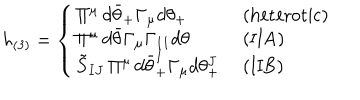
LaTeX: h _ { ( 3 ) } = \left\{ \left\{ \begin{cases} { { \Pi ^ { \mu } \, d \bar { \theta } _ { + } \Gamma _ { \mu } d \theta _ { + } } } & { { ( h e t e r o t i c ) } } \\ { { \Pi ^ { \mu } \, d \bar { \theta } \Gamma _ { \mu } \Gamma _ { 1 1 } d \theta } } & { { ( I I A ) } } \\ { { \tilde { S } _ { I J } \, \Pi ^ { \mu } \, d \bar { \theta } _ { + } ^ { I } \Gamma _ { \mu } d \theta _ { + } ^ { J } } } & { { ( I I B ) } } \\ \end{cases} \right. \right.